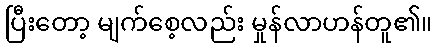
ပြီးတော့ မျက်စေ့လည်း မှုန်လာဟန်တူ၏။